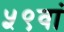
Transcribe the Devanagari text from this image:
५९वां